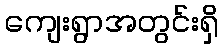
ကျေးရွာအတွင်းရှိ